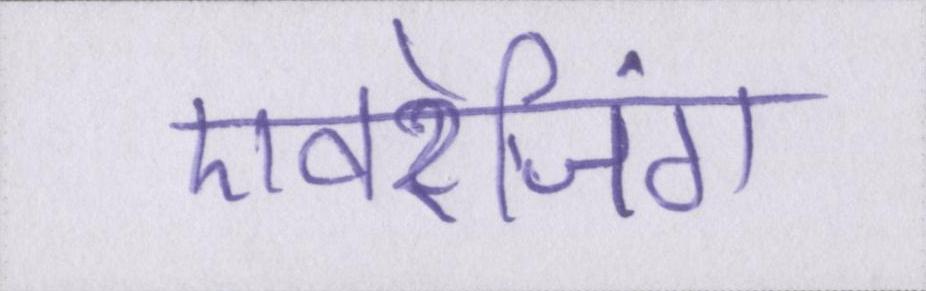
एवरेजिंग